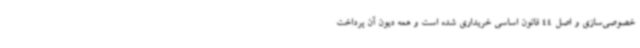
خصوصی‌سازی و اصل 44 قانون اساسی خریداری شده است و همه دیون آن پرداخت